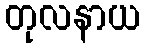
တုလနာယ